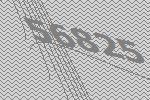
56825